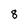
Character: 8